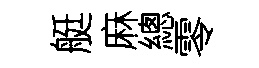
艇麻總零